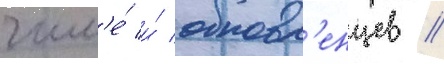
числ'е́ и́ обновл'енцев //